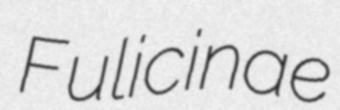
Fulicinae